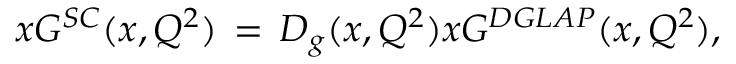
x G ^ { S C } ( x , Q ^ { 2 } ) \, = \, D _ { g } ( x , Q ^ { 2 } ) x G ^ { D G L A P } ( x , Q ^ { 2 } ) ,